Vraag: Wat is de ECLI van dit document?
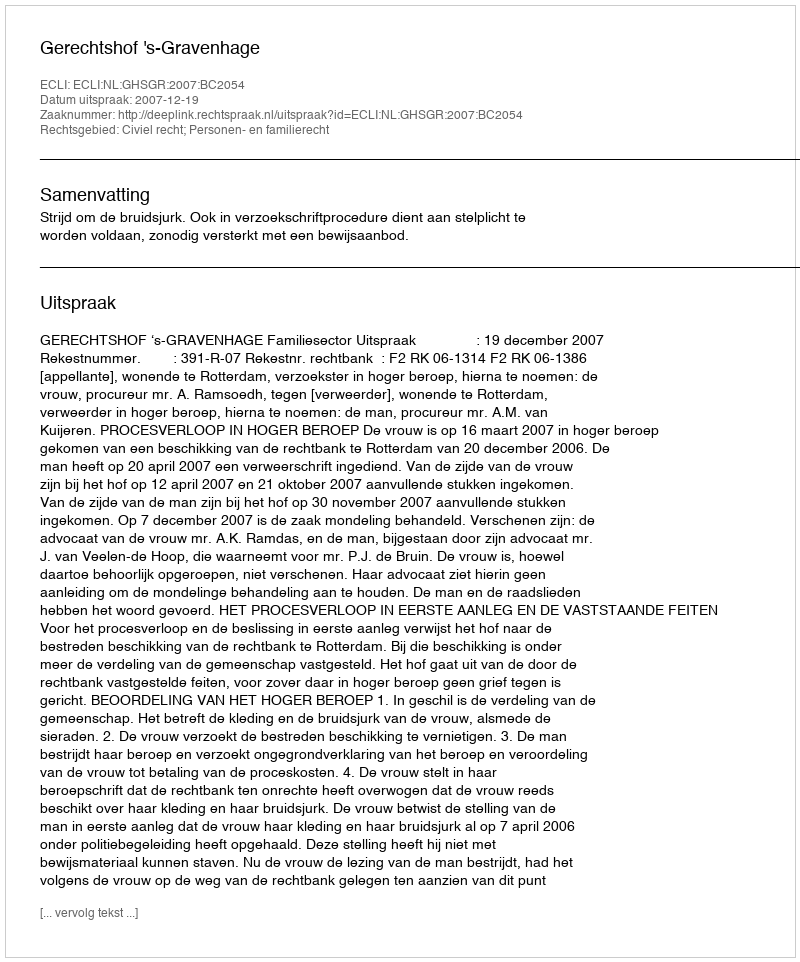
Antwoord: ECLI:NL:GHSGR:2007:BC2054